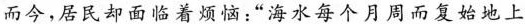
而今，居民却面临着烦恼：”海水每个月周而复始地上